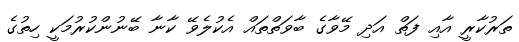
ތަރުކާރީ އާއި ފަތް އަދި މޭވާގެ ބާވަތްތައް އެކުލެވޭ ކާނާ ބޭނުންކުރުމަކީ ހިތުގެ